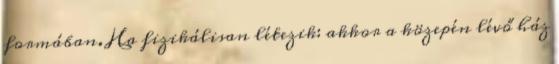
formában. Ha fizikálisan létezik: akkor a közepén lévő ház